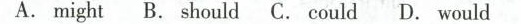
A.might B.should C.could D.would